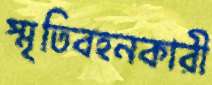
স্মৃতিবহনকারী